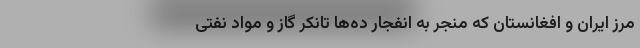
مرز ایران و افغانستان که منجر به انفجار ده‌ها تانکر گاز و مواد نفتی